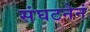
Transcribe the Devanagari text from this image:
संघटनेनं